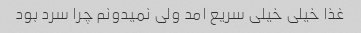
غذا خیلی خیلی سریع امد ولی نمیدونم چرا سرد بود